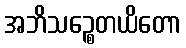
အဘိသဉ္စေတယိတော